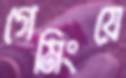
গেমিংয়ে